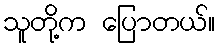
သူတို့က ပြောတယ်။